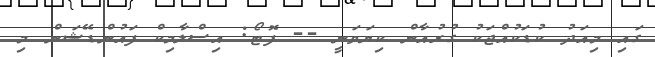
ގައި މިއަދު ކުޑަކުއްޖަކު ގުރުއާން ކިޔަވަނީ -- ފޮޓޯ: އިސްލާމިކް ފައުންޑޭޝަން މި